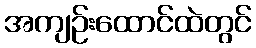
အကျဉ်းထောင်ထဲတွင်